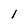
Character: l